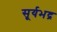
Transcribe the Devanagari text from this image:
सूर्यभद्र